Indian journal of veterinary science and animal husbandry - Volume 2,
Year: 1932
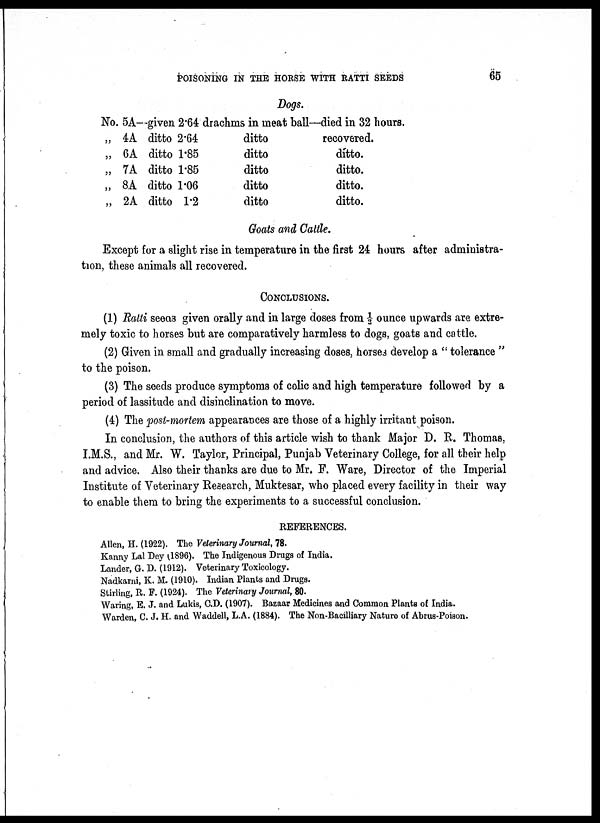
POISONING IN THE HORSE WITH RATTI SEEDS
65
Dogs.
No. 5A—given 2.64 drachms in meat ball—died in 32 hours.
„
„
„
„
„
4A
6A
7A
8A
2A
ditto 2.64
ditto 1.85
ditto 1.85
ditto 1.06
ditto 1.2
ditto
ditto
ditto
ditto
ditto
recovered.
ditto.
ditto.
ditto.
ditto.
Goats and Cattle.
Except for a slight rise in temperature in the first 24 hours after administra-
tion, these animals all recovered.
CONCLUSIONS.
(1) Ratti seeas given orally and in large doses from ½ ounce upwards are extre-
mely toxic to horses but are comparatively harmless to dogs, goats and cattle.
(2) Given in small and gradually increasing doses, horses develop a " tolerance "
to the poison.
(3) The seeds produce symptoms of colic and high temperature followed by a
period of lassitude and disinclination to move.
(4) The post-mortem appearances are those of a highly irritant poison.
In conclusion, the authors of this article wish to thank Major D. R. Thomas,
I.M.S., and Mr. W. Taylor, Principal, Punjab Veterinary College, for all their help
and advice. Also their thanks are due to Mr. F. Ware, Director of the Imperial
Institute of Veterinary Research, Muktesar, who placed every facility in their way
to enable them to bring the experiments to a successful conclusion.
REFERENCES.
Allen, H. (1922). The Veterinary Journal, 78.
Kanny Lal Dey (1896). The Indigenous Drugs of India.
Lander, G. D. (1912). Veterinary Toxicology.
Nadkarni, K. M. (1910). Indian Plants and Drugs.
Stirling, R. F. (1924). The Veterinary Journal, 80.
Waring, E. J. and Lukis, C.D. (1907). Bazaar Medicines and Common Plants of India.
Warden, C. J. H. and Waddell, L.A. (1884). The Non-Bacilliary Nature of Abrus-Poison.